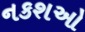
નકશઓ